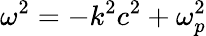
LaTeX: \omega^{2}=-k^{2}c^{2}+\omega_{p}^{2}